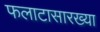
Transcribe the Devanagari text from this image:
फलाटासारख्या